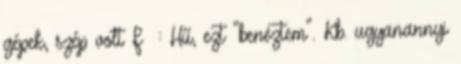
gépek, szép volt F : Hű, ezt "benéztem". Kb. ugyanannyi